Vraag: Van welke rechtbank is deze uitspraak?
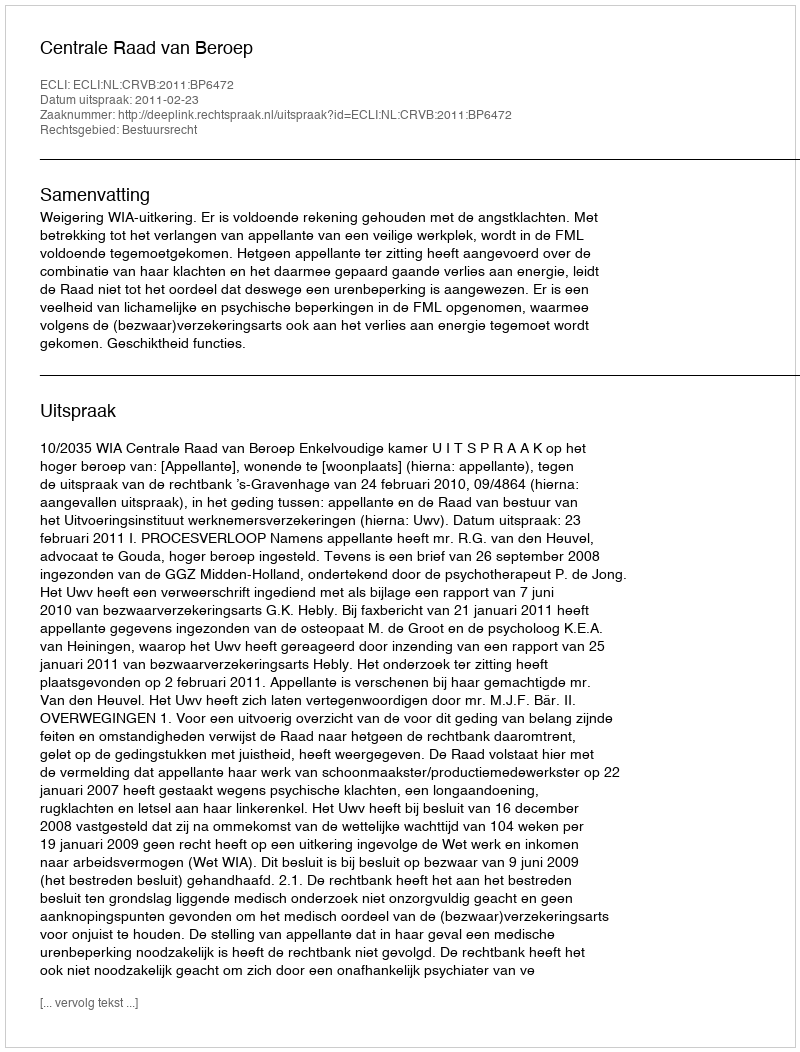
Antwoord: Centrale Raad van Beroep